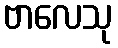
ဗာလေသု